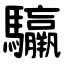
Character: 䯁